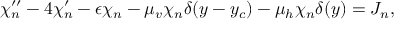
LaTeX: ~ \chi _ { n } ^ { \prime \prime } - 4 \chi _ { n } ^ { \prime } - \epsilon \chi _ { n } - \mu _ { v } \chi _ { n } \delta ( y - y _ { c } ) - \mu _ { h } \chi _ { n } \delta ( y ) = J _ { n } ,